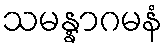
သမန္နာဂမနံ